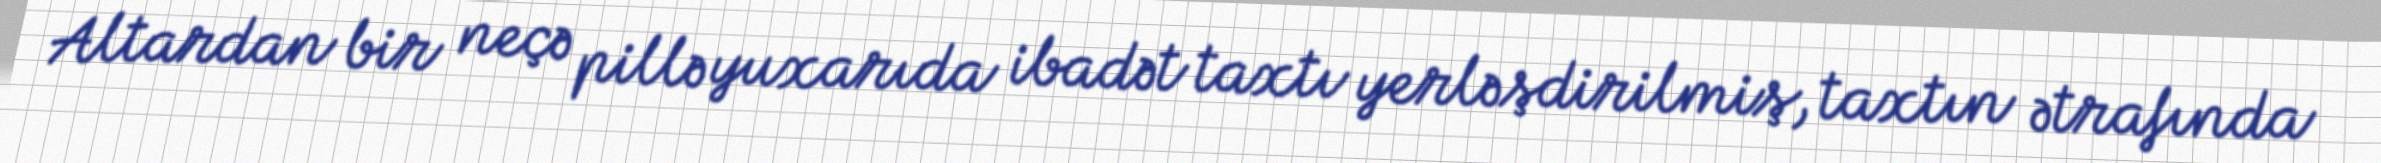
Altardan bir neçə pillə yuxarıda ibadət taxtı yerləşdirilmiş, taxtın ətrafında